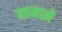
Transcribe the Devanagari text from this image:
मामाने